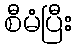
စီမံပြီး